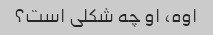
اوه، او چه شکلی است؟